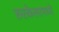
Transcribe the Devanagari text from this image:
रुरकेलामध्ये